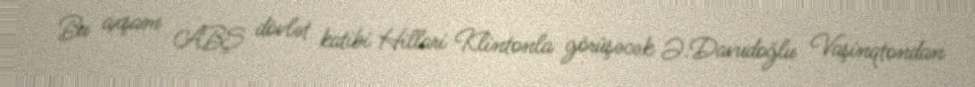
Bu axşam ABŞ dövlət katibi Hillari Klintonla görüşəcək Ə.Davudoğlu Vaşinqtondan